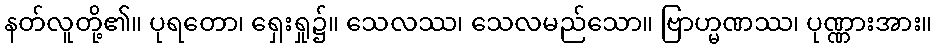
နတ်လူတို့၏။ ပုရတော၊ ရှေးရှု၌။ သေလဿ၊ သေလမည်သော။ ဗြာဟ္မဏဿ၊ ပုဏ္ဏားအား။